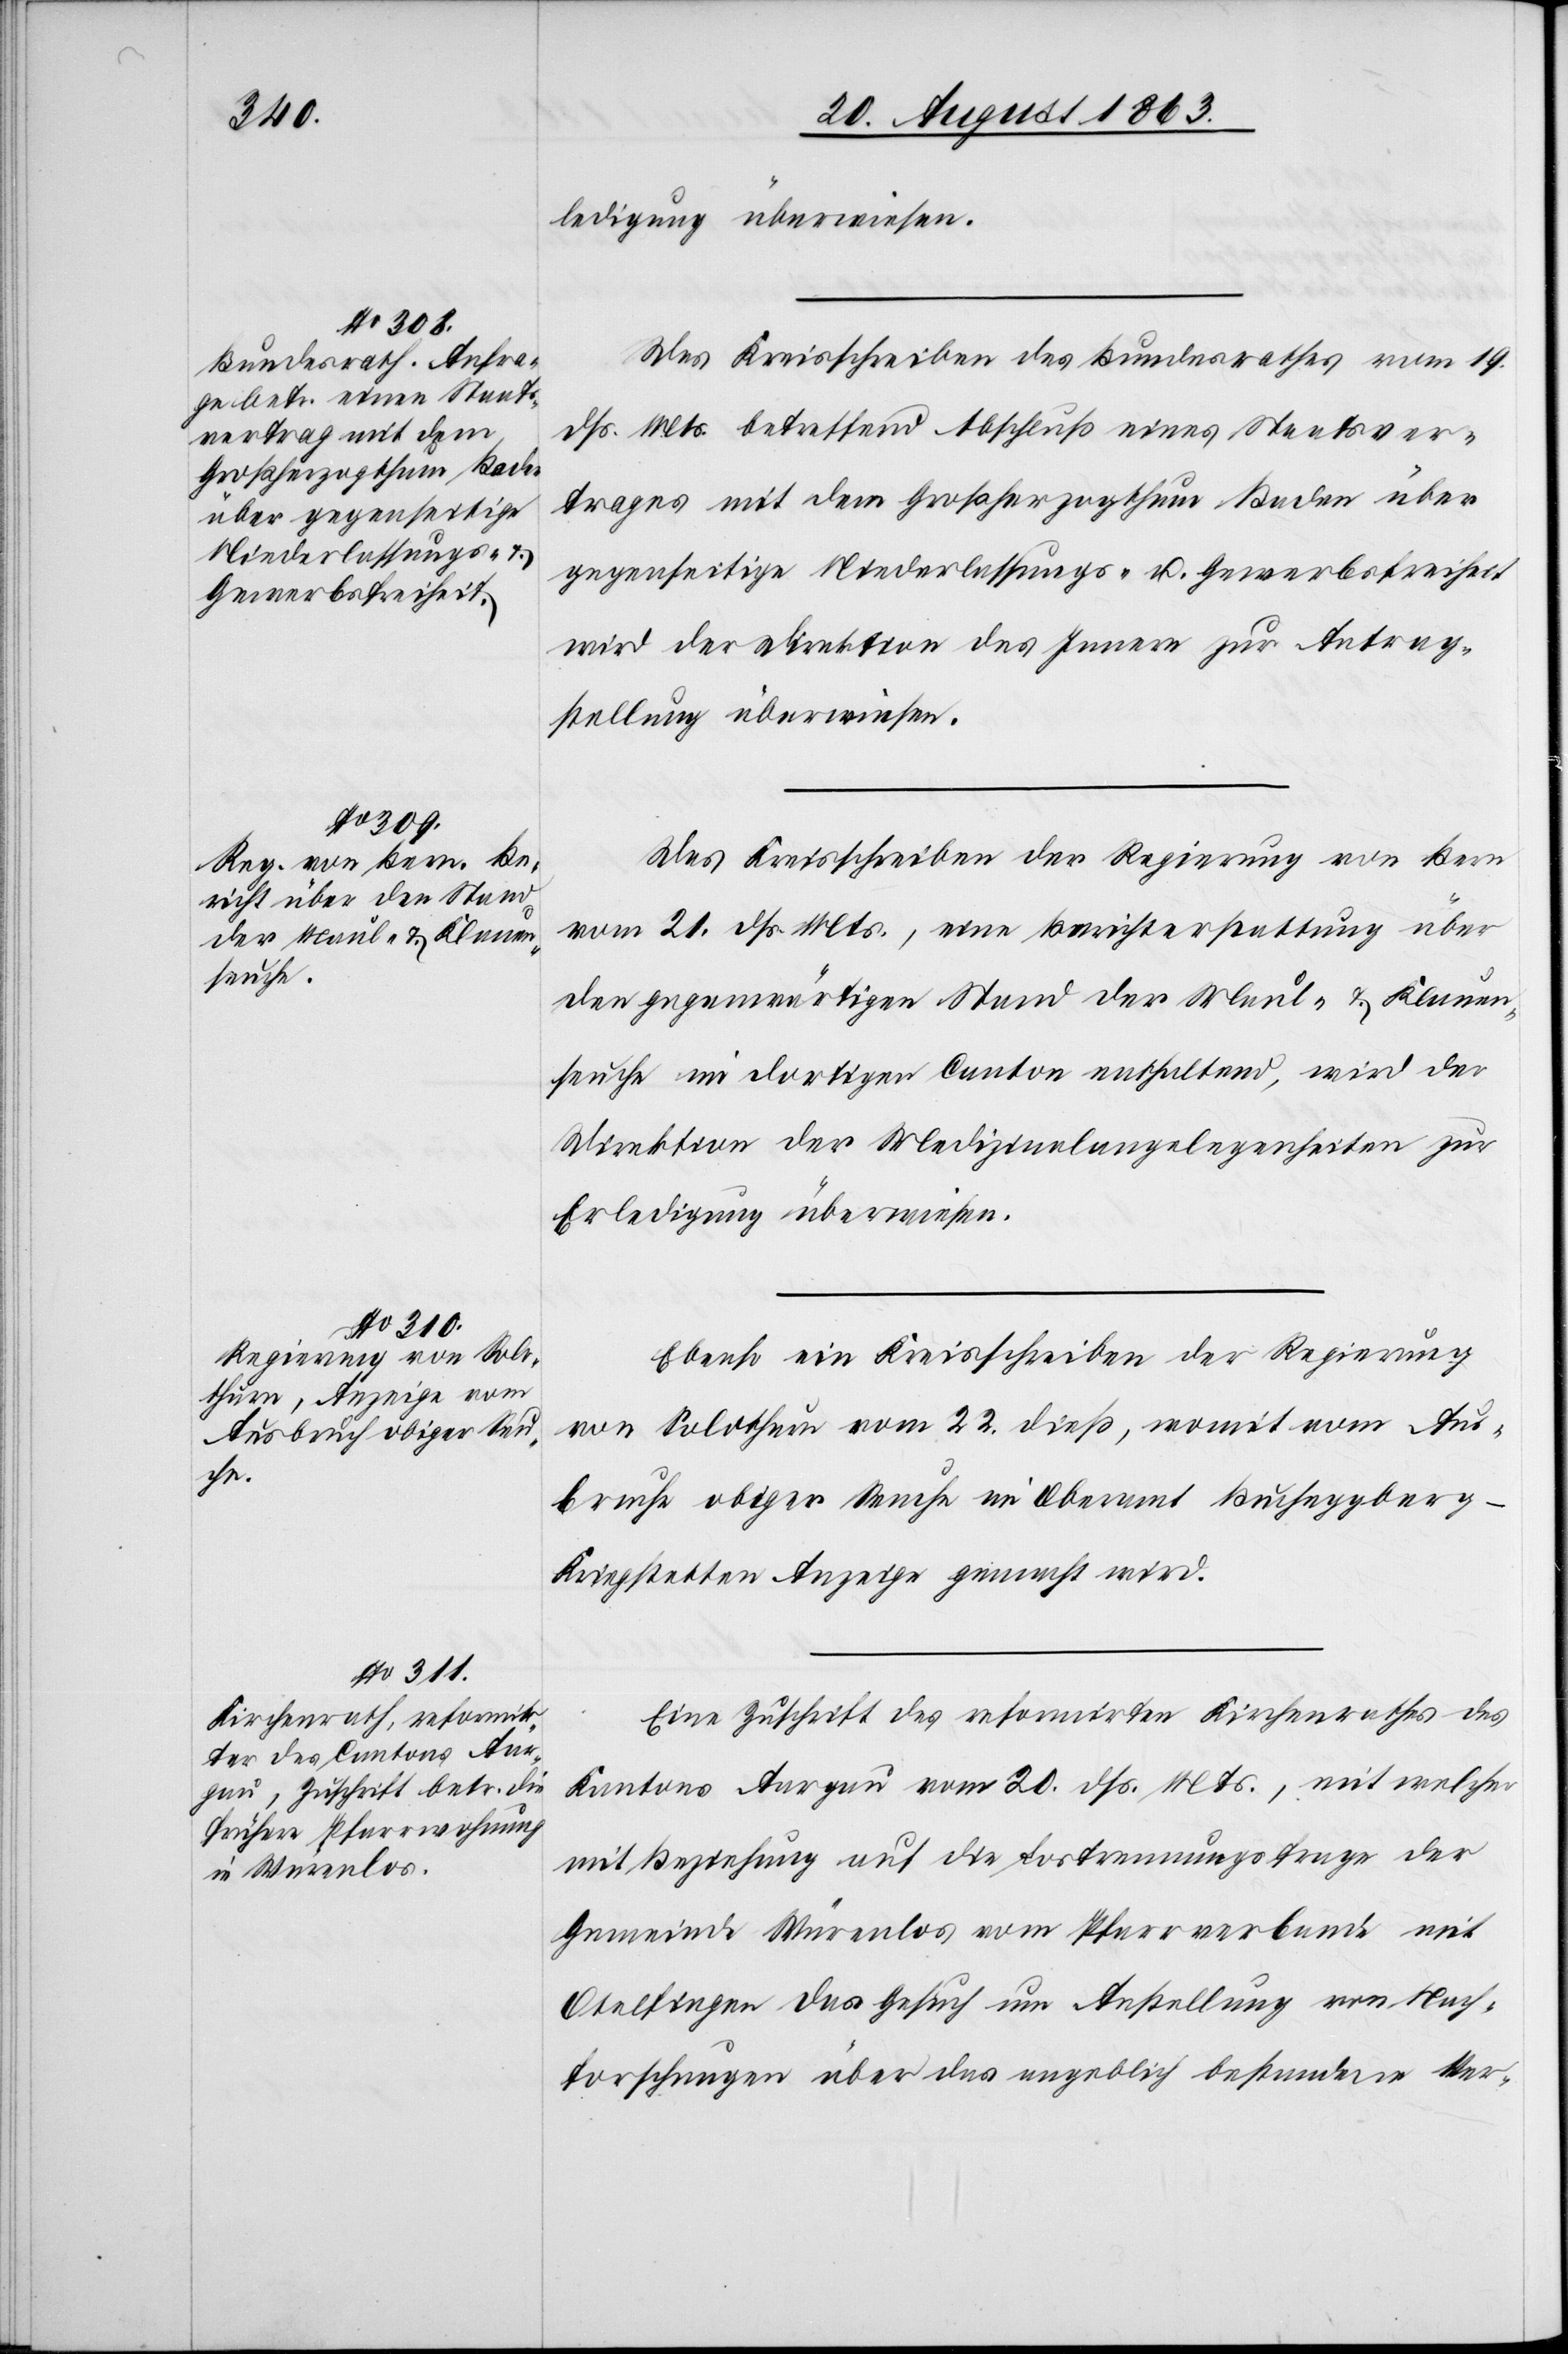
24.

ledigung überwiesen.
Das Kreisschreiben des Bundesrathes vom 19.
dß. Mts. betreffend Abschluß eines Staatsver¬
trages mit dem Großherzogthum Baden über
gegenseitige Niederlassungs- u. Gewerbsfreiheit
wird der Direktion des Innern zur Antrag¬
stellung überwiesen.
Das Kreisschreiben der Regierung von Bern
vom 21. dß. Mts., eine Berichterstattung über
den gegenwärtigen Stand der Maul- & Klauen¬
seuche in dortigen Canton enthaltend, wird der
Direktion der Medizinalangelegenheiten zur
Erledigung überwiesen.
Ebenso ein Kreisschreiben der Regierung
von Solothurn vom 22. dieß, womit vom Aus¬
bruche obiger Seuche im Oberamt Bucheggberg-K¬
riegstetten Anzeige gemacht wird.
Eine Zuschrift des reformirten Kirchenrathes des
Kantons Aargau vom 20. dß. Mts., mit welcher
mit Beziehung auf die Lostrennungsfrage der
Gemeinde Würenlos vom Pfarrverbande mit
Otelfingen das Gesuch um Anstellung von Nach¬
forschungen über das angeblich bestandene Ver-